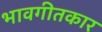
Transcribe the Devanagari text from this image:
भावगीतकार